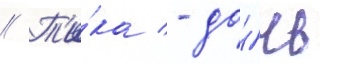
// Т'и́ка - до́чь